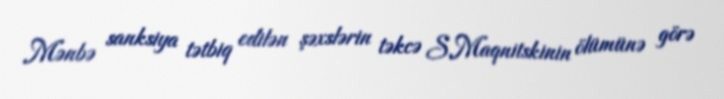
Mənbə sanksiya tətbiq edilən şəxslərin təkcə S.Maqnitskinin ölümünə görə